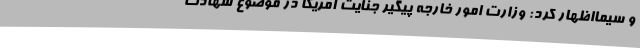
و سیمااظهار کرد: وزارت امور خارجه پیگیر جنایت آمریکا در موضوع شهادت